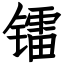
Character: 镭